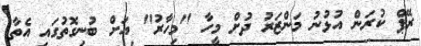
ރޭޕް ކުރަން އުޅުނު މަންޒަރު ދުށް މީހާ "މިހާރު" އަށް ބުނިގޮތުގައި އެތާ